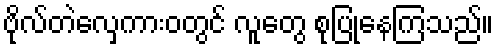
ဗိုလ်တဲလှေကားဝတွင် လူတွေ စုပြုံနေကြသည်။